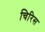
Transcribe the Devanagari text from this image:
चिरिस